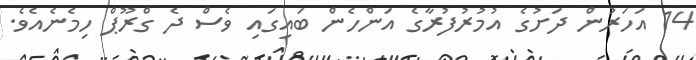
14 އަހަރުން ދަށުގެ އުމުރުފުރާގެ އަންހެން ބައިގައި ވެސް ދެ ގްރޫޕް ހިމެނެއެވެ.